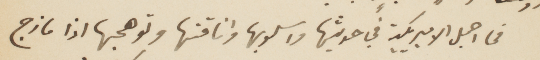
من اجمل الأميركية في حديثها واسلوبها واناقتها وتوهجها اذا مازج